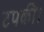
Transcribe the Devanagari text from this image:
टपकी।